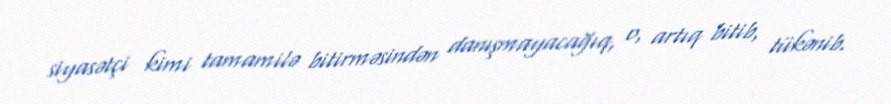
siyasətçi kimi tamamilə bitirməsindən danışmayacağıq, o, artıq bitib, tükənib.